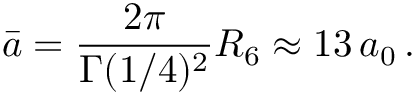
\displaystyle \bar { a } = \frac { 2 \pi } { \Gamma ( 1 / 4 ) ^ { 2 } } R _ { 6 } \approx 1 3 \, a _ { 0 } \, .